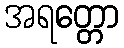
အရတ္တော